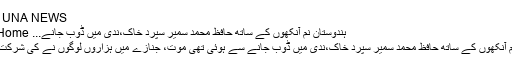
| UNA NEWS
Home ہندوستان نم آنکھوں کے ساتھ حافظ محمد سمیر سپرد خاک،ندی میں ڈوب جانے...
نم آنکھوں کے ساتھ حافظ محمد سمیر سپرد خاک،ندی میں ڈوب جانے سے ہوئی تھی موت، جنازے میں ہزاروں لوگوں نے کی شرکت۔